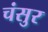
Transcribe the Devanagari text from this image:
चंसुर